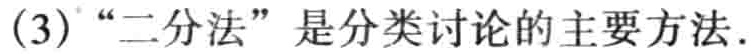
(3) “二分法”是分类讨论的主要方法.